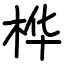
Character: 桦